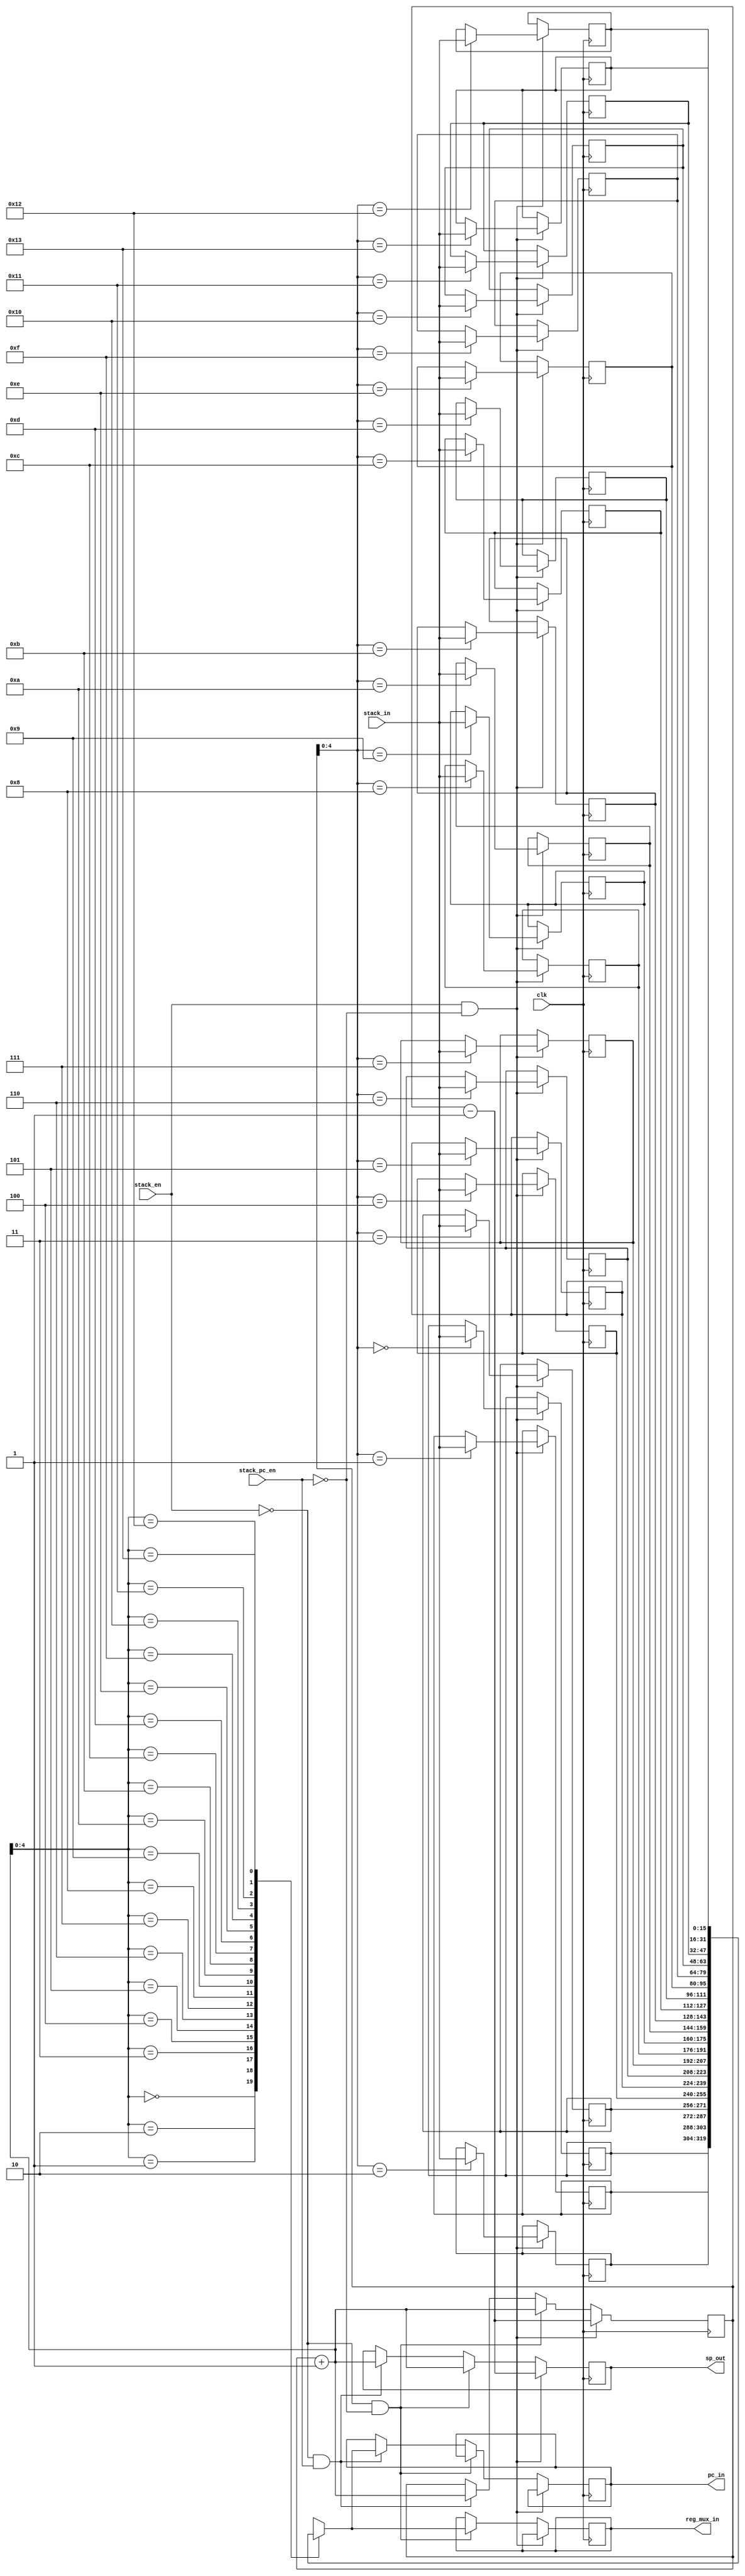
`timescale 1ns / 1ps
//////////////////////////////////////////////////////////////////////////////////
// Company: 
// Engineer: 
// 
// Design Name: 
// Module Name:    A5_STACK 
// Project Name: 
// Target Devices: 
// Tool versions: 
// Description: 
//
// Dependencies: 
//
// Revision: 
// Revision 0.01 - File Created
// Additional Comments: 
//
//////////////////////////////////////////////////////////////////////////////////
module A5_STACK(clk, stack_in, reg_mux_in, stack_en,sp_out, stack_pc_en, pc_in
    );

input clk,stack_en;
input [15:0] stack_in;
input stack_pc_en;

output reg [15:0] reg_mux_in;
output reg [15:0] pc_in;
reg [15:0] stack [19:0];
reg [11:0] sp;
output reg [11:0]sp_out;

initial
begin
	sp = 12'b000000010011;
end

always @(posedge clk)
begin
	if (stack_en && (stack_pc_en ==0))
	begin
		stack[sp] = stack_in;
		sp = sp - 1'b1;
		sp_out=sp;
	end
	
	else if(~stack_en && (stack_pc_en ==0))
	begin
		sp = sp + 1'b1;
		sp_out=sp;
		reg_mux_in = stack[sp]; 
	end
	
	else if(~stack_en && (stack_pc_en ==1))
	begin
		sp = sp + 1'b1;
		sp_out=sp;
		pc_in = stack[sp]; 
	end
	
	
end
endmodule